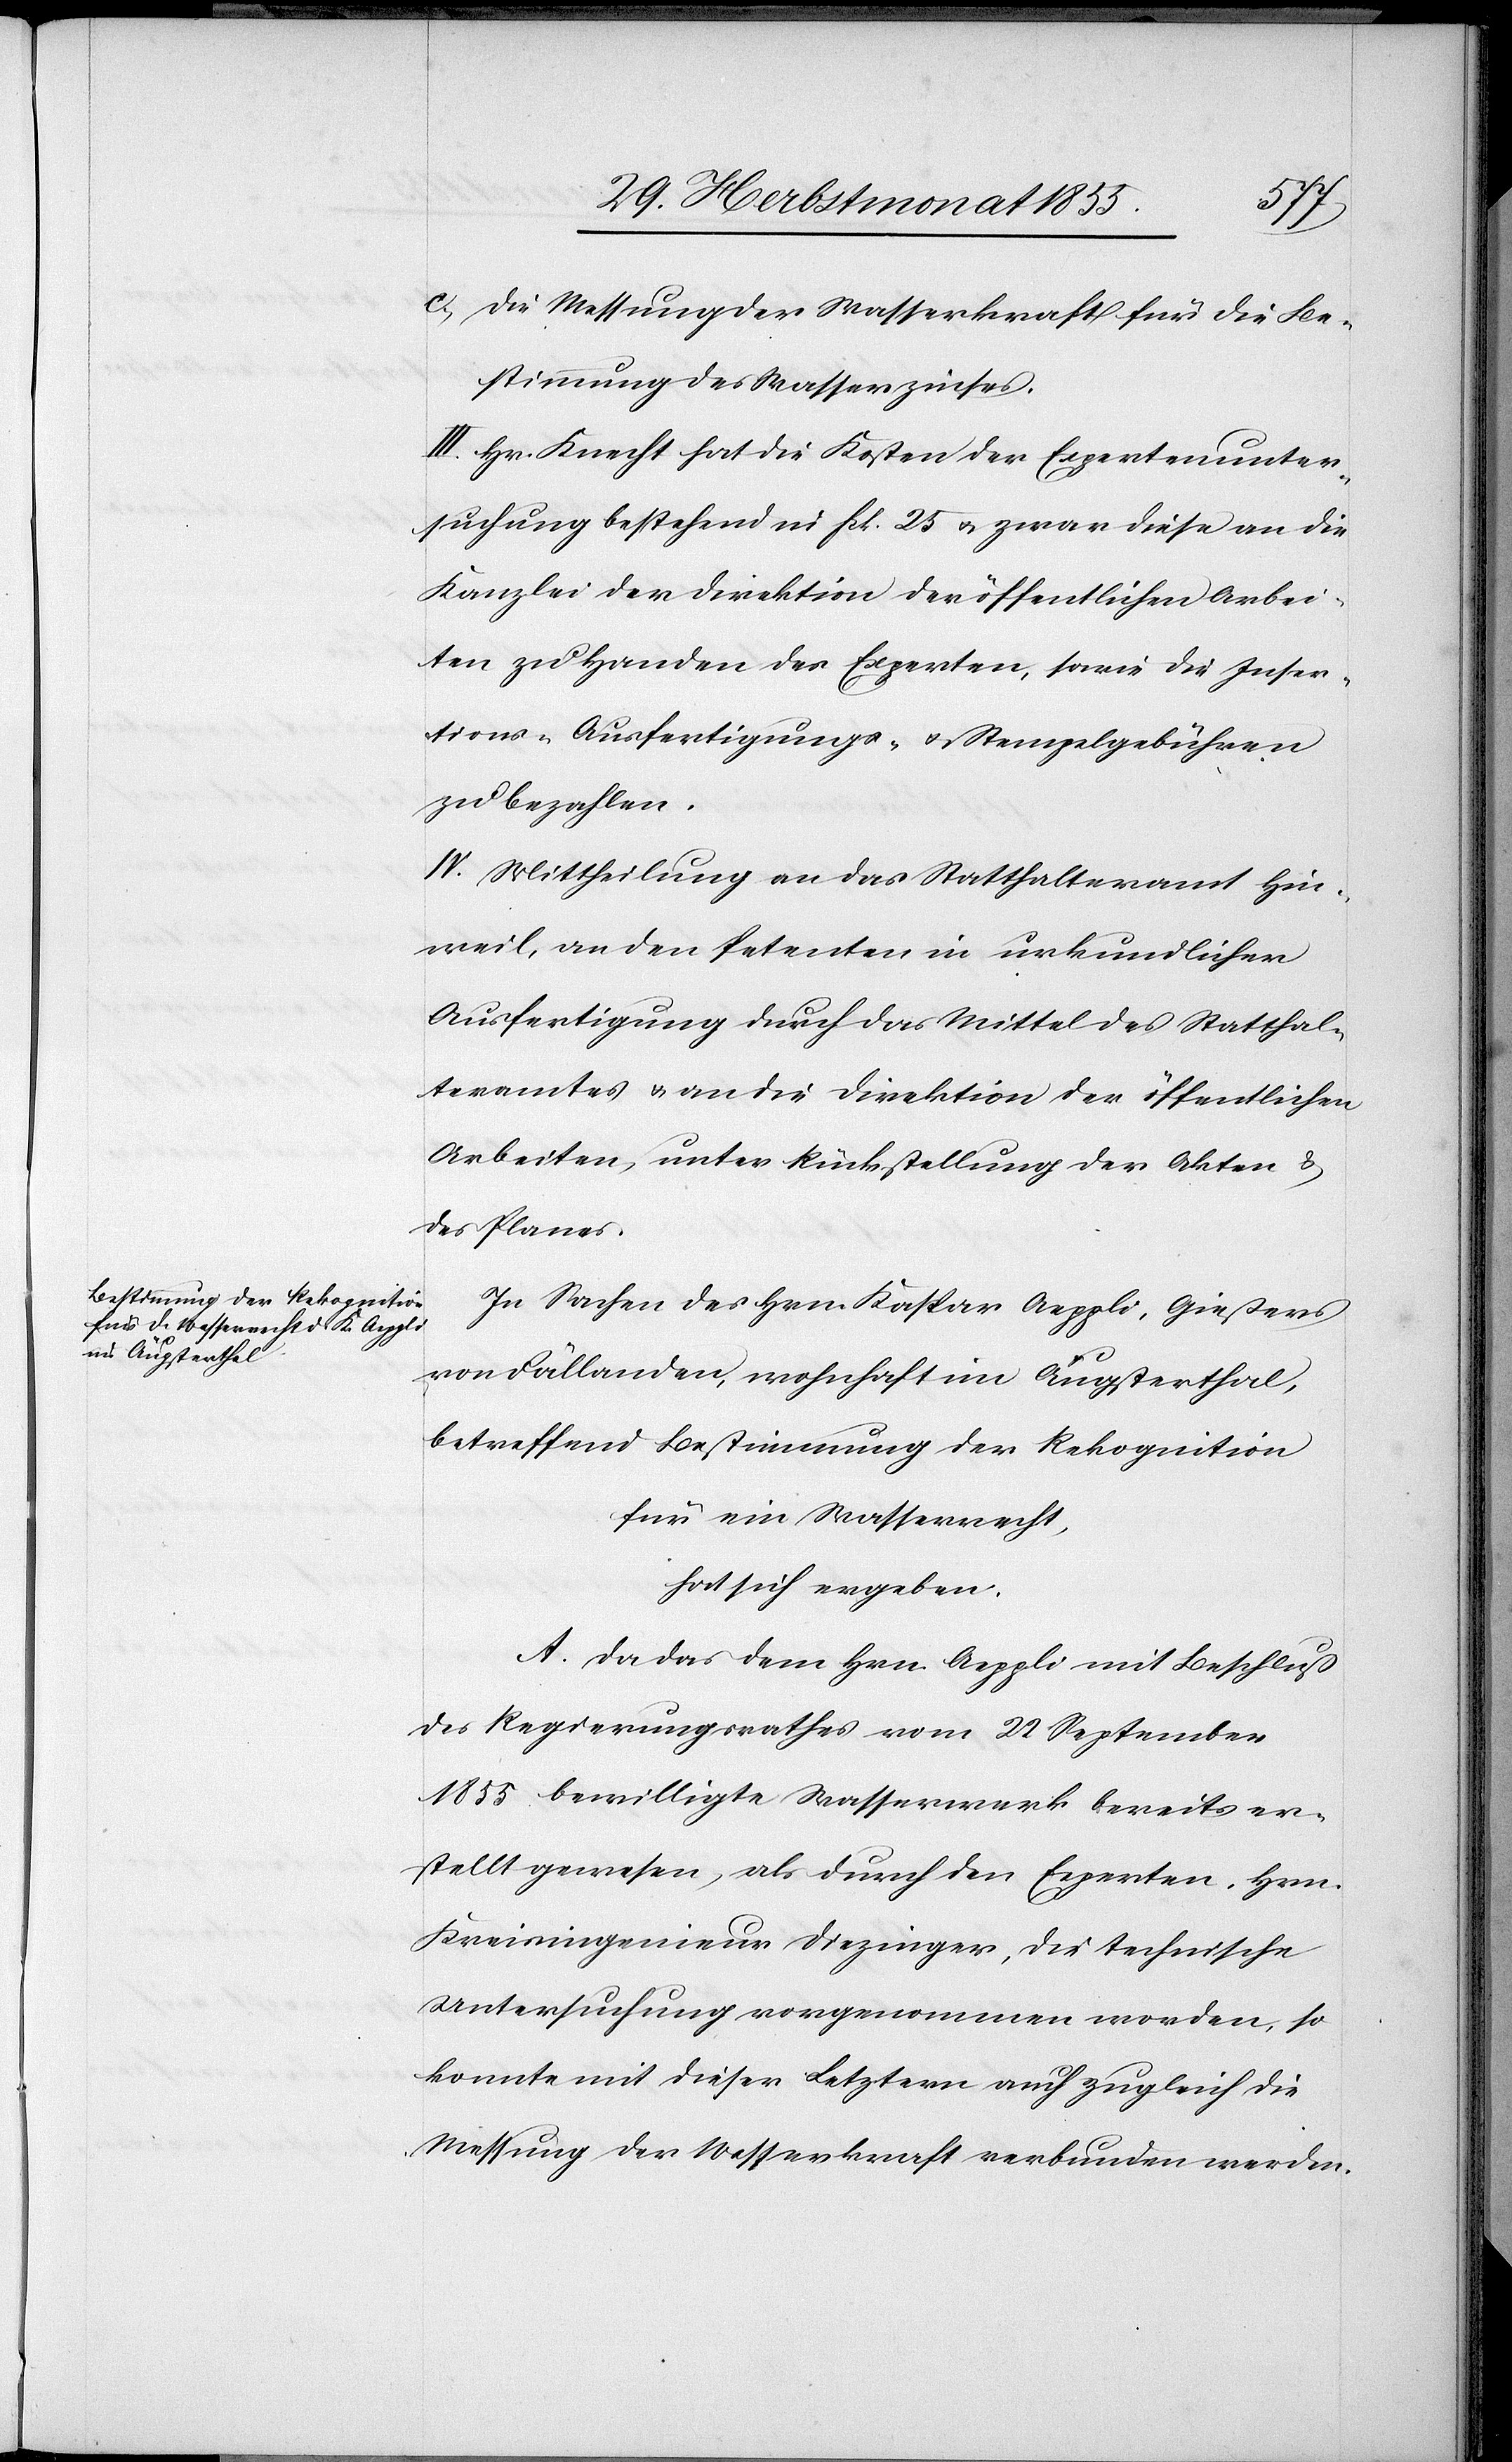
Die Messung der Wasserkraft für die Be¬
stimmung des Wasserzinses.
III. Hr. Knecht hat die Kosten der Expertenunter¬
suchung bestehend in Frk. 25 & zwar diese an die
Kanzlei der Direktion der öffentlichen Arbei¬
ten zu Handen des Experten, sowie die Inser¬
tions-[,] Ausfertigungs- & Stempelgebühren
zu bezahlen.
IV. Mittheilung an das Statthalteramt Hin¬
weil, an den Petenten in urkundlicher
Ausfertigung durch das Mittel des Statthal¬
teramtes & an die Direktion der öffentlichen
Arbeiten, unter Rückstellung der Akten &
des Planes.
In Sachen des Hrn. Kaspar Aeppli, Gießers
von Fällanden, wohnhaft im Äugsterthal,
betreffend Bestimmung der Rekognition
für ein Wasserrecht,
hat sich ergeben:
A. Da das dem Hrn. Aeppli mit Beschluß
des Regierungsrathes vom 22 September
1855 bewilligte Wasserwerk bereits er¬
stellt gewesen, als durch den Experten, Hrn.
Kreisingenieur Diezinger, die technische
Untersuchung vorgenommen worden, so
konnte mit dieser Letztern auch zugleich die
Messung der Wasserkraft verbunden werden.